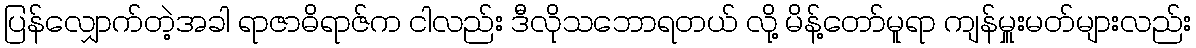
ပြန်လျှောက်တဲ့အခါ ရာဇာဓိရာဇ်က ငါလည်း ဒီလိုသဘောရတယ် လို့ မိန့်တော်မူရာ ကျန်မှူးမတ်များလည်း